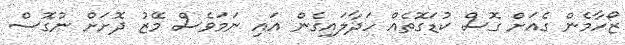
ޒޯހާމެން ގެއަށް ގޮސް ކުޑަގޮތެއް ހަދާލައިގެން އައި ނަމަވެސް މޭޒު ދޮށަށް ނުގޮސް